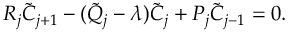
\begin{array} { r } { R _ { j } \tilde { C } _ { j + 1 } - ( \tilde { Q } _ { j } - \lambda ) \tilde { C } _ { j } + P _ { j } \tilde { C } _ { j - 1 } = 0 . } \end{array}